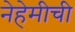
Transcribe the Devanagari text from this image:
नेहेमीची